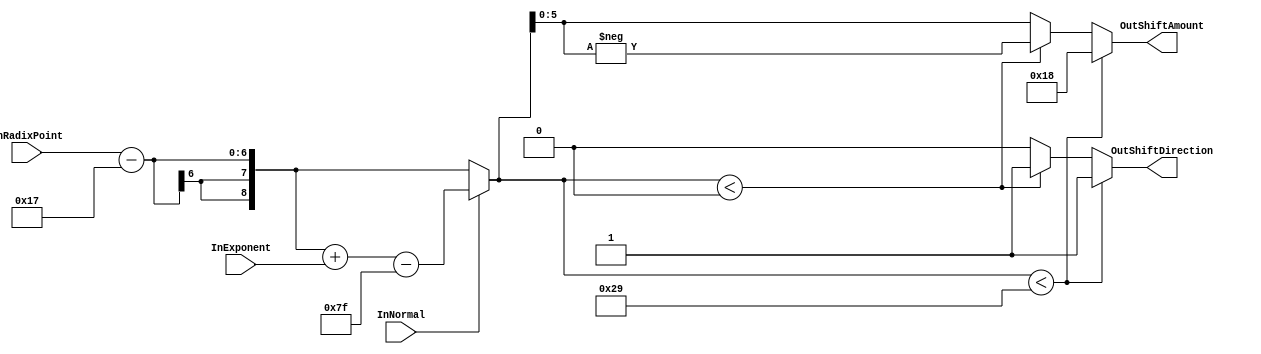
`timescale 1ns / 1ps
//-----------------------------------------------------------------------------
// Project      : Arizona Float<->Fixed Hardware Library (AFFHL)
//
//                Jovan Vance, David Schwartz
//
// Module Name  : FixedShiftCalc
//
// Description  : Computes the shift direction and value based on the exponent
//                and radix point values
//
// Date modified: 11.14.2008 : Initial Version
// 					 1.16.2014 : Bug Fix - Modified size for ShiftAmount 
//                             to ensure sufficient bits for exponent values   
//                             greaterthan RADIXPOINTSIZE. 
//                             NOTE: ShiftAmount must be equal
//                             to max(EXPONENTBITS, RADIXPOINTSIZE) + 1.
//
// 					 1.16.2014 : Modified calculation for OutShiftAmount in
//                             to correct output result for floating point 
//                             values smaller than the smallest representable 
//                             fixed point value. 
//                             Modified design will output a fixed point value of 0 
//                             in this situation.
//
//-----------------------------------------------------------------------------

module FixedShiftCalc (
    InExponent,
    InRadixPoint,
    InNormal,
    OutShiftAmount,
    OutShiftDirection
    );

    //-------------------------------------------------------------------------
    //                     Parameter Definitions
    //-------------------------------------------------------------------------
    // Width of floating point output
    parameter FLOATSIZE         = 32;
    
    // Width of OutFixed point input
    parameter FIXEDSIZE         = 32;
    
    // Width needed to represent radix point
    parameter RADIXPOINTSIZE    = 6;
    
    // Number of bits used to represent the exponent
    parameter EXPONENTBITS      = 8;
    	 
    // Number of bits used to represent the mantissa
    parameter MANTISSABITS      = 23;

    // Fixed shift value needed to compute exponent
    parameter BIAS              = 2**(EXPONENTBITS-1)-1;

    //-------------------------------------------------------------------------
    //                     Port Definitions
    //-------------------------------------------------------------------------

    // Exponent
    input [EXPONENTBITS-1:0] InExponent;
    
    // RadixPoint position from right
    input [RADIXPOINTSIZE-1:0] InRadixPoint;
    
    // Input flag indicating whether the input is normalized or denormalized
    input InNormal;

    // Shift needed
    output reg [RADIXPOINTSIZE-1:0] OutShiftAmount;
    
    // Shift direction
    // 0 - Left Shift
    // 1 - Right Shift
    output reg OutShiftDirection;

    //-------------------------------------------------------------------------
    //                     Internal Signals (wire & reg) declaration
    //-------------------------------------------------------------------------
    
    // Signed shift amount. Negative number indicates a right shift is needed
    // 
	 // NOTE: Bits for ShiftAmount must be equal to 
	 //       max(EXPONENTBITS, RADIXPOINTSIZE) + 1
	 reg signed [EXPONENTBITS:0] ShiftAmount;
    
    //-------------------------------------------------------------------------
    //                     Assignments and Statement Blocks
    //-------------------------------------------------------------------------

    always @ (InNormal, InRadixPoint, InExponent)
    begin
        // In case of normalized numbers we need to consider the difference
        // between the exponent and constant bias to compute the shift needed
        if (InNormal == 1'b1)
        begin
            ShiftAmount <= InRadixPoint - MANTISSABITS + InExponent - BIAS;
        end
        // Shift for denormalized numbers is directly the difference of the
        // radix point and the number of bits allocated for mantissa
        else
        begin
            ShiftAmount <= InRadixPoint - MANTISSABITS;
        end
    end

    // Set the shift direction and absolute shift value to output ports
    always @ (ShiftAmount)
    begin
        // If shift value is negative, it indicates right shift
        if(ShiftAmount < (0-MANTISSABITS))
        begin
            OutShiftAmount      <= MANTISSABITS+1;
            OutShiftDirection   <= 1;
        end
        // If shift value is negative, it indicates right shift
        else if(ShiftAmount < 0)
        begin
            OutShiftAmount      <= -ShiftAmount;
            OutShiftDirection   <= 1;
        end
        // If shift value is positive, it indicates left shift
        else 
        begin
            OutShiftAmount      <= ShiftAmount;
            OutShiftDirection   <= 0;
        end
    end
endmodule